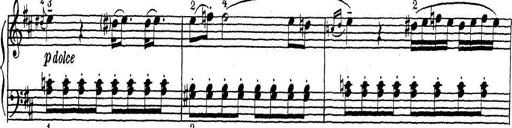
Title: ÄŒeskÃ© Sonatiny
Composer: Various